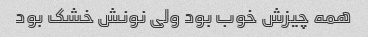
همه چیزش خوب بود ولی نونش خشک بود